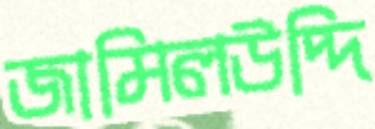
জামিলউদ্দি